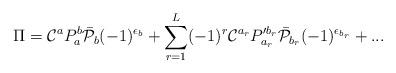
LaTeX: \begin{align*}\Pi ={\cal C} ^a P^b _a \bar {\cal P}_b (-1)^{\epsilon_b}+\sum_{r=1}^L(-1)^r{\cal C} ^{a_r}P'^{b_r}_{a_r}\bar {\cal P}_{b_r}(-1)^{\epsilon_{b_r}}+...\end{align*}